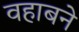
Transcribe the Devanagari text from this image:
वहाबने